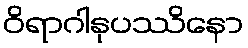
ဝိရာဂါနုပဿိနော